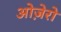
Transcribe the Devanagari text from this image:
ओज़ेरो